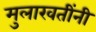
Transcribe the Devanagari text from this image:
मुलाखतींनी